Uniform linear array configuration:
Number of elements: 8
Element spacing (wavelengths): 0.75
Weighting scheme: binomial
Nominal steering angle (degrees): -15
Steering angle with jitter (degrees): -15.719
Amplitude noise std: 0.05
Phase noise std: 0.05

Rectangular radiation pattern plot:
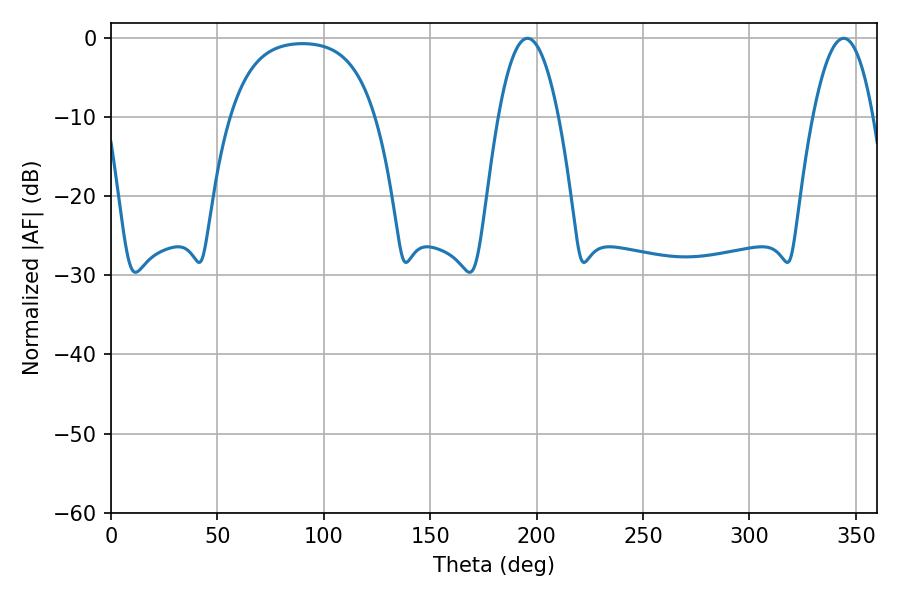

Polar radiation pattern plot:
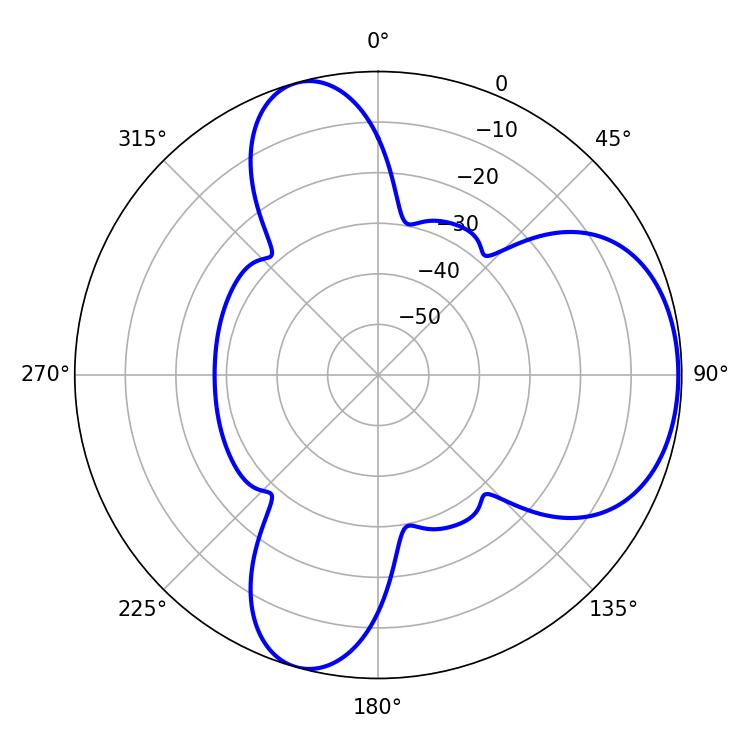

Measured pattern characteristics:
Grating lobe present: TRUE
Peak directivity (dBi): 5.978
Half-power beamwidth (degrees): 15.48
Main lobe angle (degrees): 195.66